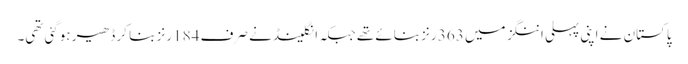
پاکستان نے اپنی پہلی اننگز میں 363 رنز بنائے تھے جبکہ انگلینڈ نے صرف 184 رنز بنا کر ڈھیر ہوگئی تھی۔